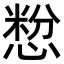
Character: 㥹